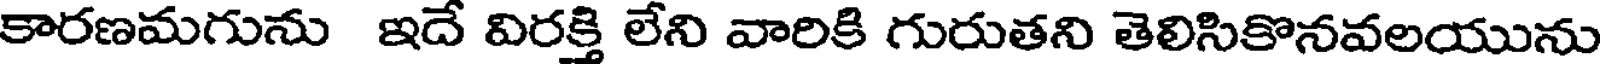
కారణమగును ఇదే విరక్తి లేని వారికి గురుతని తెలిసికొనవలయును